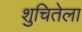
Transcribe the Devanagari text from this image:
शुचितेला